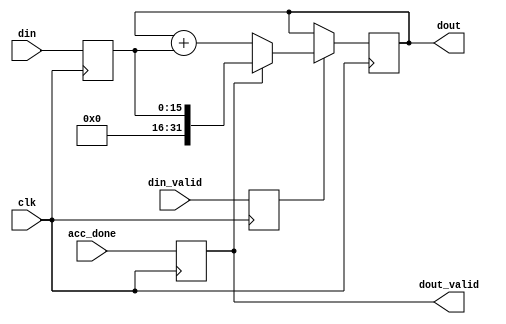
`default_nettype none

/*
*   Accumulator, doesnt handle overflow! check your bitwidth
*/

module unsign_acc #(
    parameter DIN_WIDTH = 16,
    parameter ACC_WIDTH = 32
) (
    input wire clk,
    input wire [DIN_WIDTH-1:0] din,
    input wire din_valid,
    input wire acc_done,

    output wire [ACC_WIDTH-1:0] dout,
    output wire dout_valid
);
//register inputs for timing
reg [DIN_WIDTH-1:0] din_r=0;
reg din_valid_r=0, acc_done_r=0;
always@(posedge clk)begin
    din_r <=din;
    din_valid_r<=din_valid;
    acc_done_r <= acc_done;
end

//accumulate
reg [ACC_WIDTH-1:0] acc=0;
always@(posedge clk)begin
    if(din_valid_r)begin
        if(acc_done_r)
            acc <= din_r;
        else
            acc <= acc+din_r;
    end
    else
        acc <= acc;
end

assign dout_valid = acc_done_r;
assign dout = acc;


endmodule